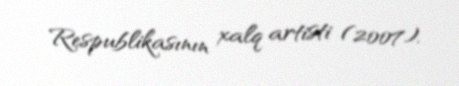
Respublikasının xalq artisti (2007).